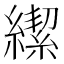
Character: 𮉄